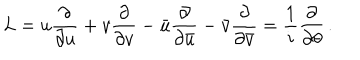
LaTeX: L = u { \frac { \partial } { \partial u } } + v { \frac { \partial } { \partial v } } - \bar { u } { \frac { \partial } { \partial \bar { u } } } - \bar { v } { \frac { \partial } { \partial \bar { v } } } = { \frac { 1 } { i } } { \frac { \partial } { \partial \theta } } \, .